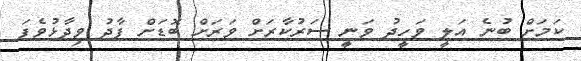
ކަމަށް ބުނެ އަލީ ވަހީދު ވަނީ ސަރުކާރަށް ވަރަށް ބޮޑަށް ފާދު ވިދާޅުވެފަ